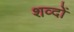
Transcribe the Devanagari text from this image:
शव्दों